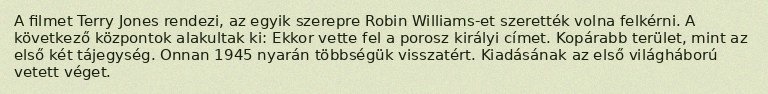
A filmet Terry Jones rendezi, az egyik szerepre Robin Williams-et szerették volna felkérni. A következő központok alakultak ki: Ekkor vette fel a porosz királyi címet. Kopárabb terület, mint az első két tájegység. Onnan 1945 nyarán többségük visszatért. Kiadásának az első világháború vetett véget.